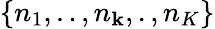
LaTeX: \left\{ {{n}_{1}},..,{{n}_{\mathbf{k}}},.,{{n}_{K}}\right\}